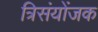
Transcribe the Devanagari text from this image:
त्रिसंयोंजक